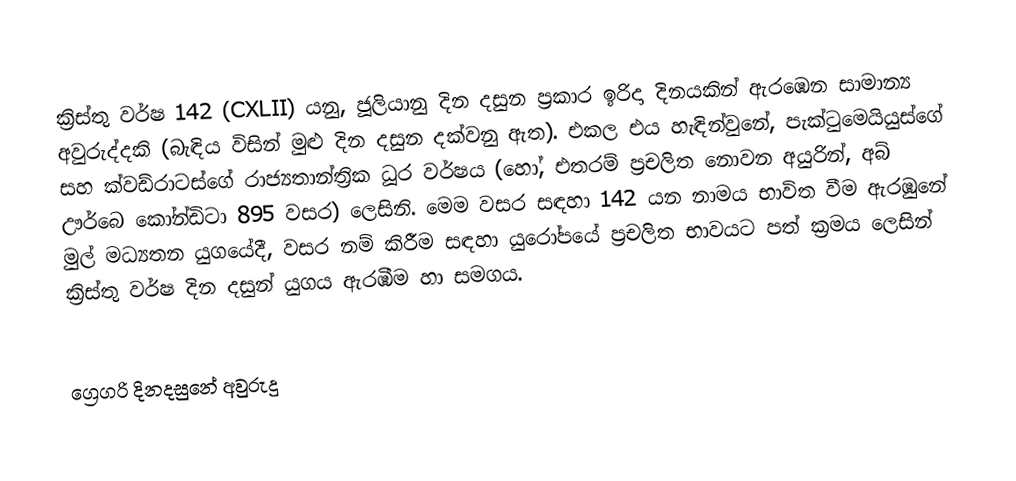

ක්‍රිස්තු වර්ෂ  142 (CXLII) යනු,  ජූලියානු දින දසුන ප්‍රකාර   ඉරිදා දිනයකින් ඇරඹෙන සාමාන්‍ය අවුරුද්දකි  (බැඳිය විසින් මුළු දින දසුන දක්වනු ඇත). එකල එය හැඳින්වුනේ, පැක්ටුමෙයියුස්ගේ සහ ක්වඩ්රාටස්ගේ රාජ්‍යතාන්ත්‍රික  ධූර වර්ෂය (හෝ, එතරම් ප්‍රචලිත නොවන අයුරින්,  අබ් ඌර්බෙ කෝන්ඩිටා  895 වසර) ලෙසිනි.  මෙම වසර සඳහා 142 යන නාමය භාවිත වීම ඇරඹුනේ මුල් මධ්‍යතන යුගයේදී, වසර නම් කිරීම සඳහා යුරෝපයේ ප්‍රචලිත භාවයට පත් ක්‍රමය ලෙසින් ක්‍රිස්තු වර්ෂ දින දසුන් යුගය ඇරඹීම හා සමගය.

ග්‍රෙගරි දිනදසුනේ අවුරුදු